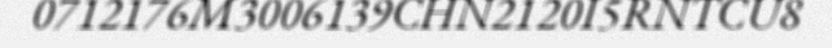
0712176M3006139CHN2120I5RNTCU8